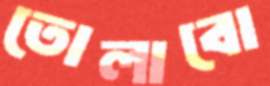
তোলাবো